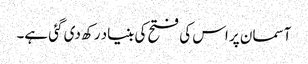
آسمان پر اس کی فتح کی بنیاد رکھ دی گئی ہے۔